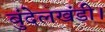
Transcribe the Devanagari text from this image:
बुंदेलखंडी।